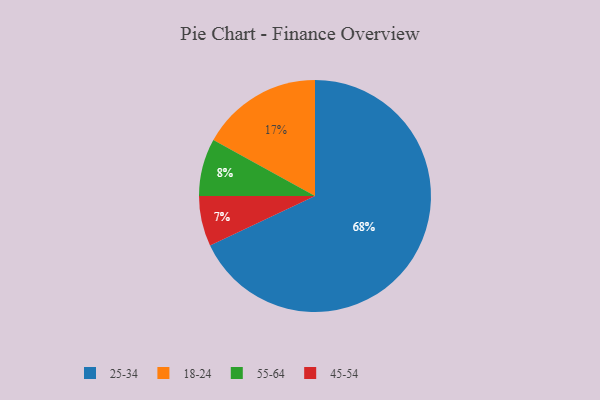
{"axis": {"x": "Category", "y": "Percentage"}, "legend": ["18-24", "25-34", "45-54", "55-64"], "data": [{"x": "25-34", "y": 68, "type": "25-34"}, {"x": "18-24", "y": 17, "type": "18-24"}, {"x": "55-64", "y": 8, "type": "55-64"}, {"x": "45-54", "y": 7, "type": "45-54"}]}